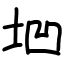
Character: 垇